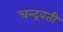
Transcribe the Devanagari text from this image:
चन्द्रवती